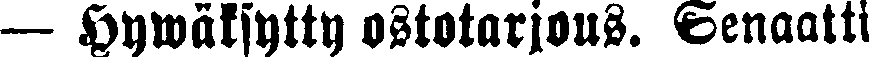
— Hywäksytty ostotarjous. Senaatti